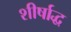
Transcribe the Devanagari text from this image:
शीर्षाद्ध